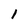
Character: 1